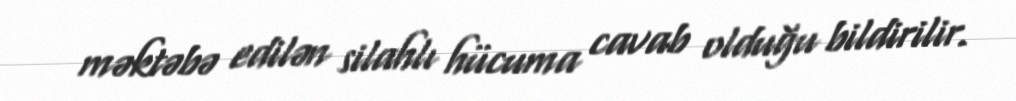
məktəbə edilən silahlı hücuma cavab olduğu bildirilir.